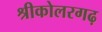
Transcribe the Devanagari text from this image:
श्रीकोलरगढ़